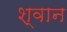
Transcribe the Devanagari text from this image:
श्‍वान